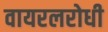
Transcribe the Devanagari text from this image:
वायरलरोधी